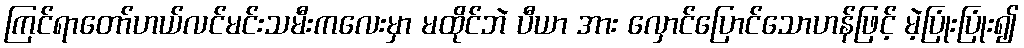
ကြင်ရာတော်ဟယ်လင်မင်းသမီးကလေးမှာ မထိုင်ဘဲ ပီယာ အား လှောင်ပြောင်သောဟန်ဖြင့် မဲ့ပြုံးပြုံး၍